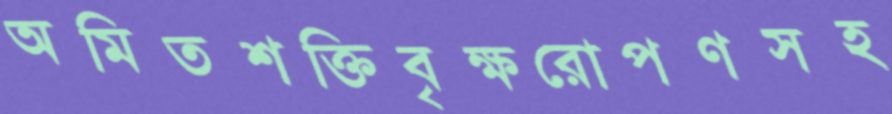
অমিতশক্তিবৃক্ষরোপণসহ